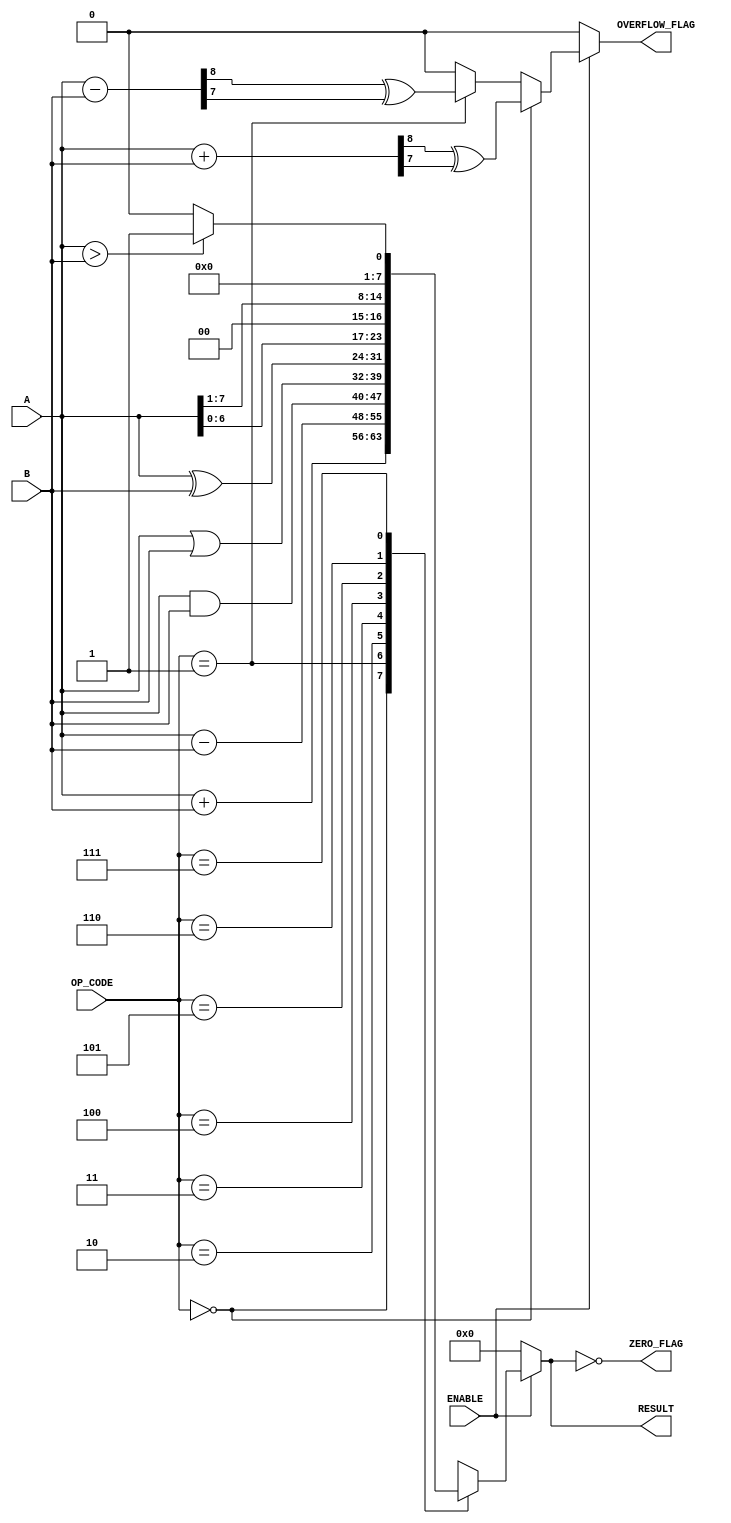
module ParameterizedALU #(parameter DATA_WIDTH = 8, 
                           parameter OPERATION_COUNT = 8) (
    input  wire [DATA_WIDTH-1:0] A,
    input  wire [DATA_WIDTH-1:0] B,
    input  wire [$clog2(OPERATION_COUNT)-1:0] OP_CODE,
    input  wire ENABLE,
    output reg  [DATA_WIDTH-1:0] RESULT,
    output reg  ZERO_FLAG,
    output reg  OVERFLOW_FLAG
);

    // Internal signals for overflow detection
    wire [DATA_WIDTH:0] add_result;        // For addition overflow detection
    wire [DATA_WIDTH:0] sub_result;        // For subtraction overflow detection

    assign add_result = {1'b0, A} + {1'b0, B}; // Zero extend for overflow check
    assign sub_result = {1'b0, A} - {1'b0, B}; // Zero extend for overflow check

    always @(*) begin
        if (ENABLE) begin
            case (OP_CODE)
                3'b000: RESULT = A + B;           // Addition
                3'b001: RESULT = A - B;           // Subtraction
                3'b010: RESULT = A & B;           // Bitwise AND
                3'b011: RESULT = A | B;           // Bitwise OR
                3'b100: RESULT = A ^ B;           // Bitwise XOR
                3'b101: RESULT = A << 1;          // Shift left
                3'b110: RESULT = A >> 1;          // Shift right
                3'b111: RESULT = (A > B) ? 1 : 0; // Comparison greater than
                default: RESULT = 0;
            endcase

            // Set overflow flags only for addition and subtraction
            OVERFLOW_FLAG = (OP_CODE == 3'b000) ? (add_result[DATA_WIDTH] ^ add_result[DATA_WIDTH-1]) : // Addition
                             (OP_CODE == 3'b001) ? (sub_result[DATA_WIDTH] ^ sub_result[DATA_WIDTH-1]) : // Subtraction
                             0;

        end else begin
            RESULT = 0;
            OVERFLOW_FLAG = 0;
        end

        // Zero flag check
        ZERO_FLAG = (RESULT == 0);
    end

endmodule